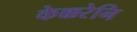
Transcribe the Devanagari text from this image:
केक्करेनि